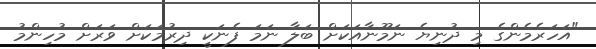
"އަހަރެމެންގެ މި ދުނިޔެ ނަމޫނާއަކަށް ބަލާ ނަމަ ފެނަކީ ދިރުމަކަށް ވަރަށް މުހިންމު